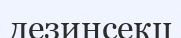
дезинсекц